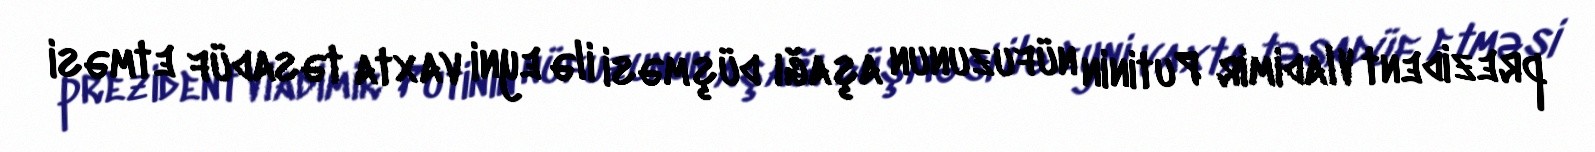
prezident Vladimir Putinin nüfuzunun aşağı düşməsi ilə eyni vaxta təsadüf etməsi